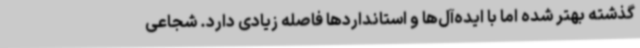
گذشته بهتر شده اما با ایده‌آل‌ها و استانداردها فاصله زیادی دارد. شجاعی